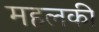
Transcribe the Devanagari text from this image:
महलकी